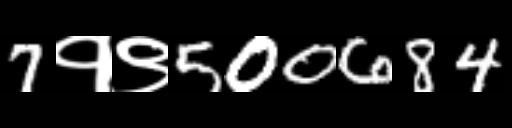
Text: 7१९500684